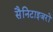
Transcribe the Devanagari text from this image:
सैनिटाइजरों